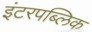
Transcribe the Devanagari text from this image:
इंटरपब्लिक